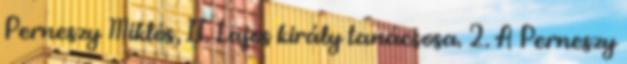
Perneszy Miklós, II. Lajos király tanácsosa. 2. A Perneszy